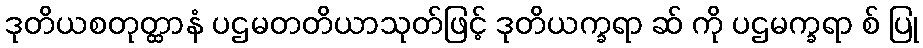
ဒုတိယစတုတ္ထာနံ ပဌမတတိယာသုတ်ဖြင့် ဒုတိယက္ခရာ ဆ် ကို ပဌမက္ခရာ စ် ပြု